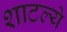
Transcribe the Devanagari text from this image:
शाटल्ये